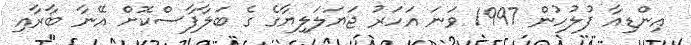
އިންޑިއާ ފުލުހުން 1997 ވަނަ އަހަރު ޖަޔަލަލިޔާގެ ގެ ބަލާފާސްކޮށް އޭނާ ބާރާއި